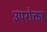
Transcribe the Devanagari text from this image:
उपरोक्ता